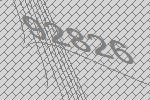
92826